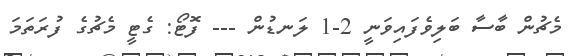
މެޗުން ބާސާ ބަލިވެފައިވަނީ 2-1 ލަނޑުން --- ފޮޓޯ: ގެޓީ މެޗުގެ ފުރަތަމަ